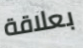
بعلاقة